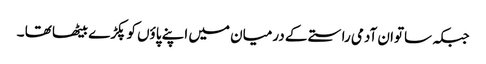
جبکہ ساتوان آدمی راستے کے درمیان میں اپنے پاؤں کو پکڑے بیٹھا تھا ۔